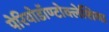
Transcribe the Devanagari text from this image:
पेरियोडॉण्टोक्लेशिया